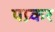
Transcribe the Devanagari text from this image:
पप्र्कर